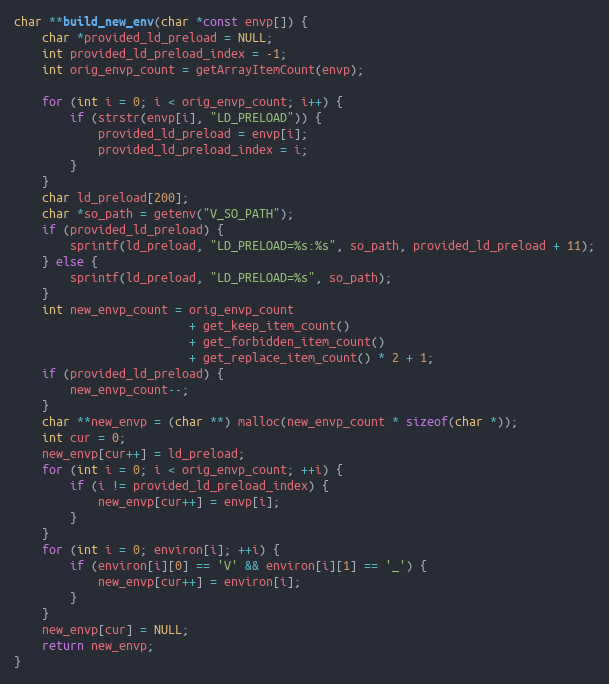
Language: C++
char **build_new_env(char *const envp[]) {
    char *provided_ld_preload = NULL;
    int provided_ld_preload_index = -1;
    int orig_envp_count = getArrayItemCount(envp);

    for (int i = 0; i < orig_envp_count; i++) {
        if (strstr(envp[i], "LD_PRELOAD")) {
            provided_ld_preload = envp[i];
            provided_ld_preload_index = i;
        }
    }
    char ld_preload[200];
    char *so_path = getenv("V_SO_PATH");
    if (provided_ld_preload) {
        sprintf(ld_preload, "LD_PRELOAD=%s:%s", so_path, provided_ld_preload + 11);
    } else {
        sprintf(ld_preload, "LD_PRELOAD=%s", so_path);
    }
    int new_envp_count = orig_envp_count
                         + get_keep_item_count()
                         + get_forbidden_item_count()
                         + get_replace_item_count() * 2 + 1;
    if (provided_ld_preload) {
        new_envp_count--;
    }
    char **new_envp = (char **) malloc(new_envp_count * sizeof(char *));
    int cur = 0;
    new_envp[cur++] = ld_preload;
    for (int i = 0; i < orig_envp_count; ++i) {
        if (i != provided_ld_preload_index) {
            new_envp[cur++] = envp[i];
        }
    }
    for (int i = 0; environ[i]; ++i) {
        if (environ[i][0] == 'V' && environ[i][1] == '_') {
            new_envp[cur++] = environ[i];
        }
    }
    new_envp[cur] = NULL;
    return new_envp;
}